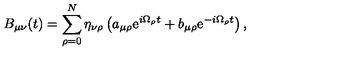
B _ { \mu \nu } ( t ) = \sum _ { \rho = 0 } ^ { N } \eta _ { \nu \rho } \left( a _ { \mu \rho } \mathrm { e } ^ { i \Omega _ { \rho } t } + b _ { \mu \rho } \mathrm { e } ^ { - i \Omega _ { \rho } t } \right) ,